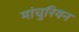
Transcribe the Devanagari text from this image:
मांचुरियन